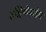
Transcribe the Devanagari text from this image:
दक्षिणेकडेच